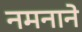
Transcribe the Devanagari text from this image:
नमनाने